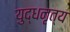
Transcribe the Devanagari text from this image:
युद्धनृत्य